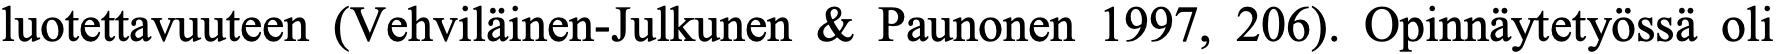
luotettavuuteen (Vehviläinen-Julkunen & Paunonen 1997, 206). Opinnäytetyössä oli